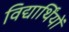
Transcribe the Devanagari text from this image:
विद्यार्थिंयों